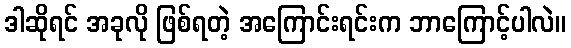
ဒါဆိုရင် အခုလို ဖြစ်ရတဲ့ အကြောင်းရင်းက ဘာကြောင့်ပါလဲ။